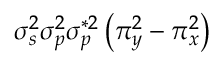
\sigma _ { s } ^ { 2 } \sigma _ { p } ^ { 2 } \sigma _ { p } ^ { * 2 } \left( \pi _ { y } ^ { 2 } - \pi _ { x } ^ { 2 } \right)